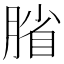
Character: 𫆦